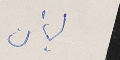
لبنان